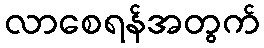
လာစေရန်အတွက်